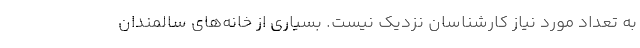
به تعداد مورد نیاز کارشناسان نزدیک نیست. بسیاری از خانه‌های سالمندان